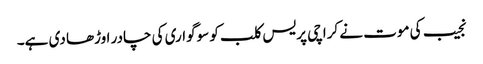
نجیب کی موت نے کراچی پریس کلب کو سوگواری کی چادر اوڑھا دی ہے۔